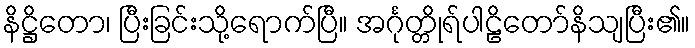
နိဋ္ဌိတော၊ ပြီးခြင်းသို့ရောက်ပြီ။ အင်္ဂုတ္တိုရ်ပါဠိတော်နိသျပြီး၏။